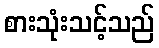
စားသုံးသင့်သည်